General report no. 6 on the lunatic asylums, vaccination and dispensaries in the Bengal Presidency, 1873 -
Year: 1873
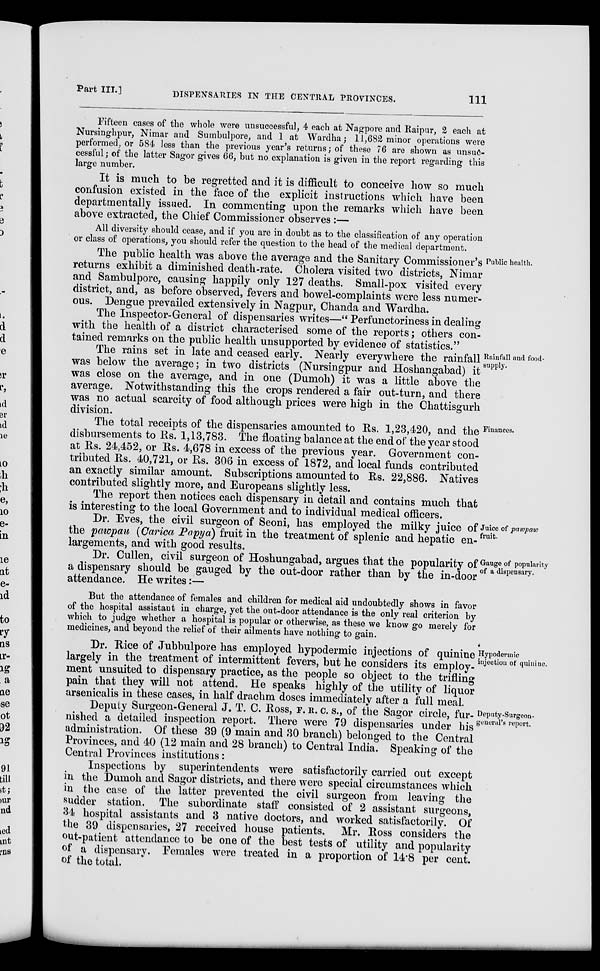
Part III.]
DISPENSARIES IN THE CENTRAL PROVINCES.
111
Fifteen cases of the whole were unsuccessful, 4 each at Nagpore and Raipur, 2 each at
Nursinghpur, Nimar and Sumbulpore, and 1 at Wardha; 11,682 minor operations were
performed, or 584 less than the previous year's returns; of these 76 are shown as unsuc-
cessful; of the latter Sagor gives 66, but no explanation is given in the report regarding this
large number.
It is much to be regretted and it is difficult to conceive how so much
confusion existed in the face of the explicit instructions which have been
departmentally issued. In commenting upon the remarks which have been
above extracted, the Chief Commissioner observes :—
All diversity should cease, and if you are in doubt as to the classification of any operation
or class of operations, you should refer the question to the head of the medical department.
Public health.
The public health was above the average and the Sanitary Commissioner's
returns exhibit a diminished death-.rate. Cholera visited two districts, Nimar
and Sambulpore, causing happily only 127 deaths. Small-pox visited every
district, and, as before observed, fevers and bowel-complaints were less numer-
ous. Dengue prevailed extensively in Nagpur, Chanda and Wardha.
The Inspector-General of dispensaries writes—" Perfunctoriness in dealing
with the health of a district characterised some of the reports; others con-
tained remarks on the public health unsupported by evidence of statistics."
Rainfall and food.
supply.
The rains set in late and ceased early. Nearly everywhere the rainfall
was below the average; in two districts (Nursingpur and Hoshangabad) it
was close on the average, and in one (Dumoh) it was a little above the
average. Notwithstanding this the crops rendered a fair out-turn, and there
was no actual scarcity of food although prices were high in the Chattisgurh
division.
Finances.
The total receipts of the dispensaries amounted to Rs. 1,23,420, and the
disbursements to Rs. 1,13,783. The floating balance at the end of the year stood
at Rs. 24,452, or Rs. 4,678 in excess of the previous year. Government con-
tributed Rs. 40,721, or Rs. 306 in excess of 1872, and local funds contributed
an exactly similar amount. Subscriptions amounted to Rs. 22,886. Natives
contributed slightly more, and Europeans slightly less.
The report then notices each dispensary in detail and contains much that
is interesting to the local Government and to individual medical officers.
Juice of pawpaw
fruit
Dr. Eves, the civil surgeon of Seoni, has employed the milky juice of
the pawpau (Oarica Papya) fruit in the treatment of splenic and hepatic en-
largements, and with good results.
Gauge of popularity
of a dispensary.
Dr. Cullen, civil surgeon of Hoshungabad, argues that the popularity of
a dispensary should be gauged by the out-door rather than by the in-door
attendance. He writes:—
But the attendance of females and children for medical aid undoubtedly shows in favor
of the hospital assistant in charge, yet the out-door attendance is the only real criterion by
which to judge whether a hospital is popular or otherwise, as these we know go merely for
medicines, and beyond the relief of their ailments have nothing to gain.
Hypodermic
injection of quiniue.
Dr. Rice of Jubbulpore has employed hypodermic injections of quinine
largely in the treatment of intermittent fevers, but he considers its employ-
ment unsuited to dispensary practice, as the people so object to the trifling
pain that they will not attend. He speaks highly of the utility of liquor
arsenicalis in these cases, in half drachm doses immediately after a full meal.
Deputy-Surgeon.
general's report.
Deputy Surgeon-General J. T. C. Ross, F. R. C. S., of the Sagor circle, fur-
nished a detailed inspection report. There were 79 dispensaries under his
administration. Of these 39 (9 main and 30 branch) belonged to the Central
Provinces, and 40 (12 main and 28 branch) to Central India. Speaking of the
Central Provinces institutions:
Inspections by superintendents were satisfactorily carried out except
in the Dumoh and Sagor districts, and there were special circumstances which
in the case of the latter prevented the civil surgeon from leaving the
sudder station. The subordinate staff consisted of 2 assistant surgeons,
34 hospital assistants and 3 native doctors, and worked satisfactorily. Of
the 39 dispensaries, 27 received house patients. Mr. Ross considers the
out-patient attendance to be one of the best tests of utility and popularity
of a dispensary. Females were treated in a proportion of 14.8 per cent.
of the total.